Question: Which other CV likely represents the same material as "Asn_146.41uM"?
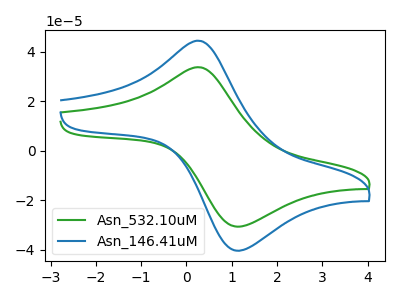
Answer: <think>The green curve "Asn_532.10uM" has an anodic peak at (0.30V, 33.75uA) and a cathodic peak at (1.10V, -30.60uA). The blue curve "Asn_146.41uM" has an anodic peak at (0.30V, 44.45uA) and a cathodic peak at (1.10V, -40.30uA).
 All the peaks in "Asn_532.10uM" have a peak in "Asn_146.41uM" at the same potential. Every peak in "Asn_532.10uM" is lower than every peak in "Asn_146.41uM".</think>
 <answer>The CV with the most similar shape to "Asn_532.10uM" is "Asn_146.41uM".</answer>
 <eval>"Asn_146.41uM"</eval>